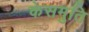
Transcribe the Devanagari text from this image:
केसमुति